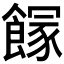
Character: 𩝬